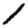
Digit: 1